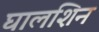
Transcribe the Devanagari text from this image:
घालशिन